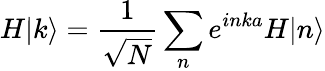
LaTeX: H|k\rangle={\frac{1}{\sqrt{N}}}\sum_{n}e^{inka}H|n\rangle